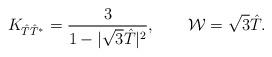
LaTeX: \begin{align*}K_{\hat T \hat T^*}= {3 \over 1 - |\sqrt{3}\hat T|^2 }, \qquad {\cal W} =\sqrt{3}\hat T .\end{align*}